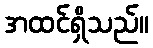
အထင်ရှိသည်။